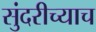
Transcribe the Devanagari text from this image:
सुंदरीच्याच